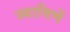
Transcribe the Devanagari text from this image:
ज्याविणें